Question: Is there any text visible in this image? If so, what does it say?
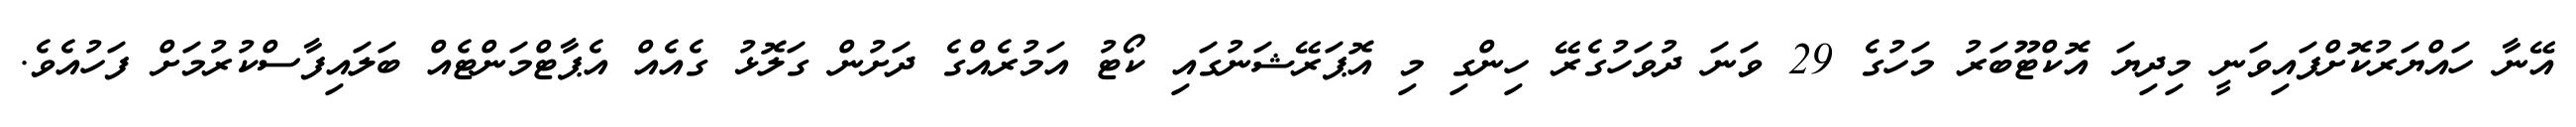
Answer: އޭނާ ހައްޔަރުކޮށްފައިވަނީ މިދިޔަ އޮކްޓޫބަރު މަހުގެ 29 ވަނަ ދުވަހުގެރޭ ހިންގި މި އޮޕަރޭޝަނުގައި ކޯޓު އަމުރެއްގެ ދަށުން ގަލޮޅު ގެއެއް އެޕާޓްމަންޓެއް ބަލައިފާސްކުރުމަށް ފަހުއެވެ.